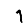
Digit: 1